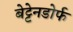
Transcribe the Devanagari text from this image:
बेट्टेनडोर्फ